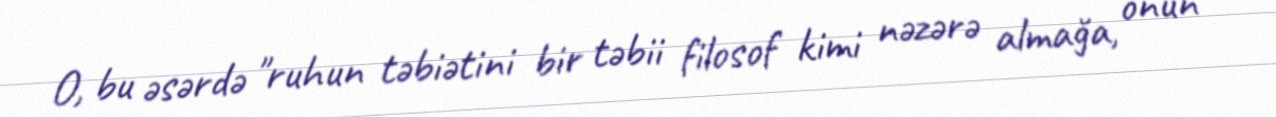
O, bu əsərdə "ruhun təbiətini bir təbii filosof kimi nəzərə almağa, onun